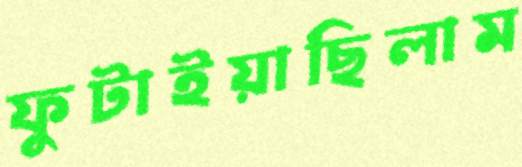
ফুটাইয়াছিলাম